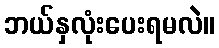
ဘယ်နှလုံးပေးရမလဲ။